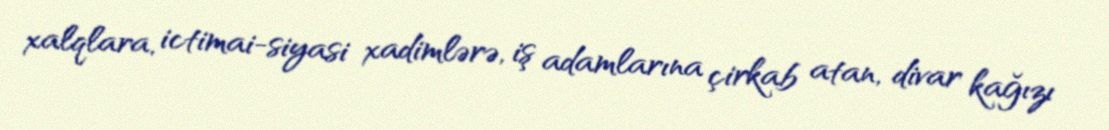
xalqlara, ictimai-siyasi xadimlərə, iş adamlarına çirkab atan, divar kağızı